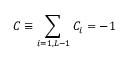
C \equiv \sum _ { i = 1 , { \cal L } - 1 } C _ { i } = - 1